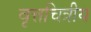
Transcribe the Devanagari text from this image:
वृत्तचित्रीय